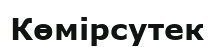
Көмірсутек